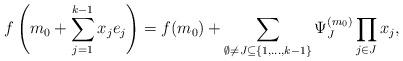
LaTeX: \begin{align*}f \left( m_0 + \sum_{j=1}^{k-1} x_j e_j \right) = f(m_0) +\sum_{\emptyset \neq J \subseteq \{ 1, \dots, k-1 \}} \Psi_J^{(m_0)}\prod_{j \in J} x_j,\end{align*}